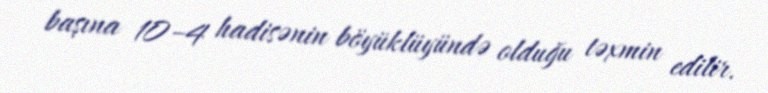
başına 10–4 hadisənin böyüklüyündə olduğu təxmin edilir.